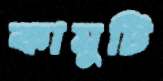
কামুটি